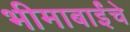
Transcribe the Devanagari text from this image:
भीमाबाईंचे